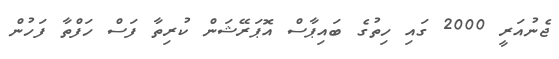
ޖެނުއަރީ 2000 ގައި ހިތުގެ ބައިޕާސް އޮޕަރޭޝަން ކުރިތާ ފަސް ހަފްތާ ފަހުން